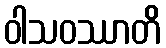
ဝါသဝဿာတိ